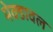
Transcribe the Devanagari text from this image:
मेक्डावल